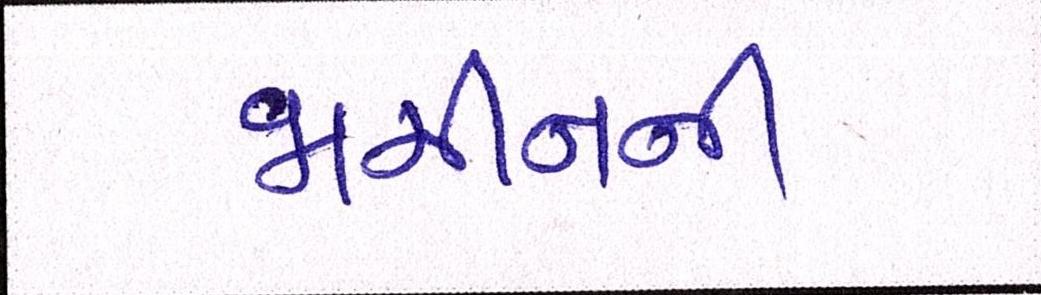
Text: જામીનની